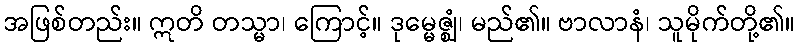
အဖြစ်တည်း။ ဣတိ တသ္မာ၊ ကြောင့်။ ဒုမ္မေဇ္ဈံ၊ မည်၏။ ဗာလာနံ၊ သူမိုက်တို့၏။